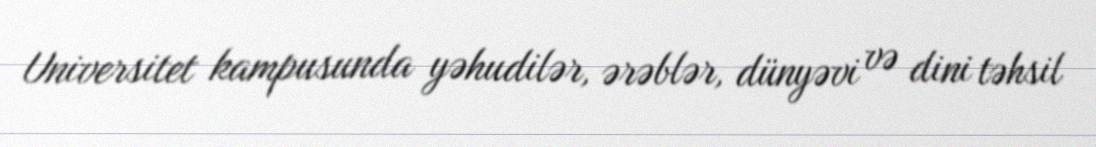
Universitet kampusunda yəhudilər, ərəblər, dünyəvi və dini təhsil